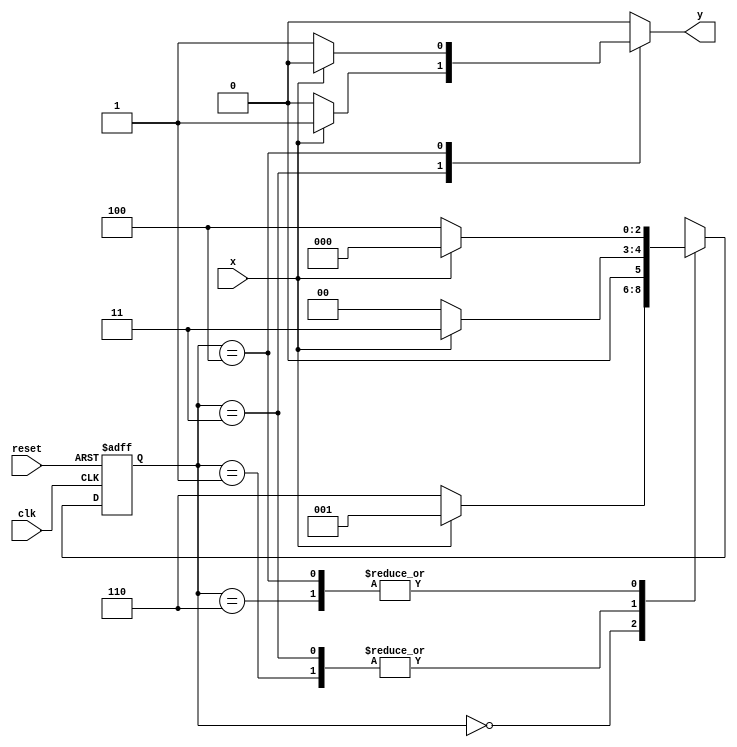
// ---------------------
// Guia 11_05 - Mealy - FSM capaz de identificar uma sequncia de trs bits alternados (111) ou (000).
// Nome: Mrcia Cibele Martins Carneiro 
// ---------------------

//Implementar um mquina de estados finitos capaz de identificar uma sequncia de trs bits alternados (111) ou (000).
 
// -------------------------------------------------------------------------------------------------------------------------------------------------------------------

// -------------------
// --- Mealy FSM
// --- seq: 000 ou 111
// -------------------


// constant definitions
`define found    1
`define notfound 0

// FSM by Mealy
module exercicio5_seq000_111 ( y, x, clk, reset );

	output y;
	input  x;
	input  clk;
	input  reset;

	reg    y;

	parameter         // state identifiers 
		start  = 3'b000,
		id1    = 3'b001,
		id11   = 3'b011,
		id0    = 3'b110,
		id00   = 3'b100;

	reg [2:0] E1;	// current state variables
	reg [2:0] E2;	// next state logic output

	// next state logic
   always @( x or E1 )
		begin
		y = `notfound;

		case ( E1 )
			start:
				if ( x )
					E2 = id1;
				else
					E2 = id0;
				
			id1:
				if ( x )
					E2 = id11;
				else
					E2 = start;

			id11:
				if ( x )
				begin
					E2 =  id11;
					y  = `found;
				end
				else
				begin
					E2 =  start;
					y  = `notfound;
				end
			
			id0:
				if ( x )
					E2 = start;
				else
					E2 = id00;

			id00:
				if ( x )
				begin
					E2 =  start;
					y  = `notfound;
				end
				else
				begin
					E2 =  id00;
					y  = `found;
				end
	 
			default:   // undefined state
				E2 =  3'bxxx;
		endcase
	  
		end // always at signal or state changing
		

	// state variables
		always @( posedge clk or negedge reset )
		begin
			if ( reset )
				E1 = E2;    // updates current state
			else
				E1 = 0;     // reset
		end // always at signal changing

endmodule // exercicio5_seq000_111

module Exercicio5;
	
	reg   clk, reset, x;
	wire  m1;

	exercicio5_seq000_111 M5 ( m1, x, clk, reset );

	initial
	begin
		$display("Guia 11_05 - Marcia Cibele Martins Carneiro - 404591");
		$display("\nTime\tX   Seq 000|111" );

	// initial values
       clk   = 1;
       reset = 0;
       x     = 0;

	// input signal changing
		#10   reset = 1;
		#10  x = 1;
		#10  x = 0;
		#10  x = 0;
		#10  x = 1;
		#10  x = 0;
		#10  x = 1;
		#10  x = 1;
		#10  x = 1;
		#10  x = 1;
		#10  x = 0;
		#10  x = 1;
		#10  x = 1;
		#10  x = 1;
		#10  x = 0;
		#10  x = 1;
		#10  x = 0;
		#10  x = 0;
		#10  x = 0;
		
		#5 $finish;
	
	end // initial

	always
		#5 clk = ~clk;

	always @( posedge clk )
	begin
		$display ( "%4d \t%b\t%b", $time, x, m1);
	end // always at positive edge clocking changing

endmodule 

/* Resultado obtido
     ----jGRASP exec: D:\MeusDocumentos\2010-2_arq1_programas\Icarus_Verilog\bin\vvp exercicio5.vvp
    
    Guia 11_05 - Marcia Cibele Martins Carneiro - 404591
    
    Time		X   Seq 000|111
      10 	0		0
      20 	1		0
      30 	0		0
      40 	0		0
      50 	1		0
      60 	0		0
      70 	1		0
      80 	1		0
      90 	1		0
     100 	1		1
     110 	0		0
     120 	1		0
     130 	1		0
     140 	1		1
     150 	0		0
     160 	1		0
     170 	0		0
     180 	0		0
     190 	0		0
    
     ----jGRASP: operation complete.
*/